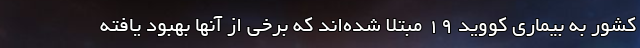
کشور به بیماری کووید ۱۹ مبتلا شده‌اند که برخی از آنها بهبود یافته